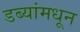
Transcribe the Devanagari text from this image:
डब्यांमधून